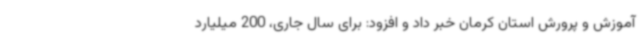
آموزش و پرورش استان کرمان خبر داد و افزود: برای سال جاری، 200 میلیارد